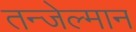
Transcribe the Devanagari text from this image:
तन्जेल्मान